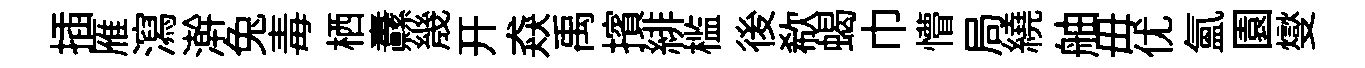
插雁瀉澣兔毒栖纛㡬开猋禹擯緋槛後欷蝎巾懵局繞舳毋优氳園燮